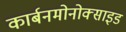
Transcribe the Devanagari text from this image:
कार्बनमोनोक्साइड